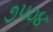
૭૫૦૪